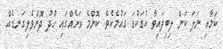
ކަމާއި ނަލަ ކަން ލިބިފައިވާ ކުޑަކުޑަ ގައުމެކެވެ. ކޮންމެ ރަށެއްގައި ހުދު ދޮންވެލިގަނޑެއް